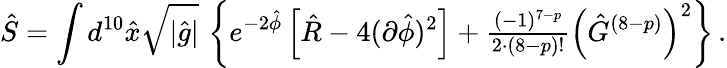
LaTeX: \hat{S}=\int d^{10}\hat{x}\sqrt{|\hat{g}|}\, \left\{ e^{-2\hat{\phi}}\left[\hat{R}-4(\partial\hat{\phi})^{2}\right]+{\textstyle\frac{(-1)^{7-p}}{2\cdot(8-p)!}}\left(\hat{G}^{(8-p)}\right)^{2}\right\} \, .